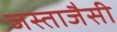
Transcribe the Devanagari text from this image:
जस्ताजैसी